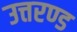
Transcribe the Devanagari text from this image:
उत्तरण्ड